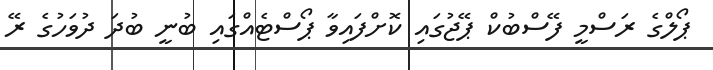
ޕޯލްގެ ރަސްމީ ފޭސްބުކް ޕޭޖުގައި ކޮށްފައިވާ ޕޯސްޓެއްގައި ބުނީ ބުދަ ދުވަހުގެ ރޭ